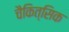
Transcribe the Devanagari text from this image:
चैकित्सिक